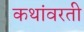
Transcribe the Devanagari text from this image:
कथांवरती